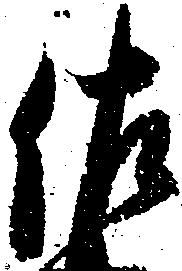
佐